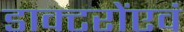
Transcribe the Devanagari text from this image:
डाक्टरोंएवं